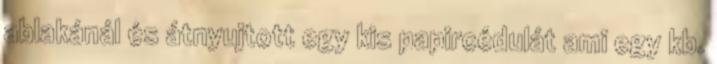
ablakánál és átnyujtott egy kis papircédulát ami egy kb.